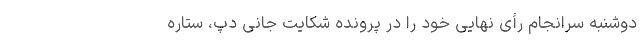
دوشنبه سرانجام رأی نهایی خود را در پروندهٔ شکایت جانی دپ، ستارهٔ